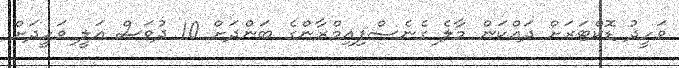
ވަހީދު ޑޮކްޓަރަށް ދައްކަން މާލެ ގެނެސްފިއިމްރާންގެ ބަންދަށް 10 ދުވަސް އަލީ ވަހީދަށް